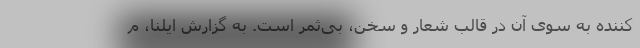
کننده به سوی آن در قالب شعار و سخن، بی‌ثمر است. به گزارش ایلنا، م